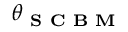
\boldsymbol { \theta } _ { \textbf { S C B M } }